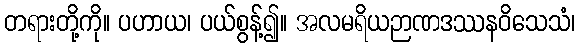
တရားတို့ကို။ ပဟာယ၊ ပယ်စွန့်၍။ အလမရိယဉာဏဒဿနဝိသေသံ၊